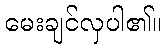
မေးချင်လှပါ၏။